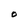
Character: O